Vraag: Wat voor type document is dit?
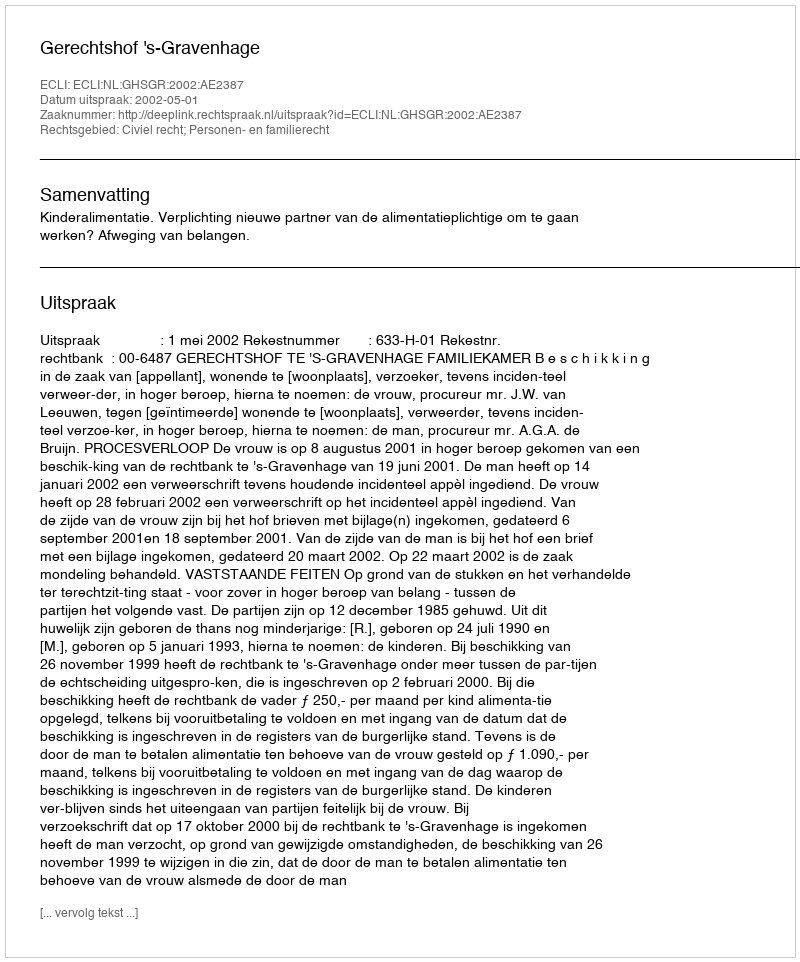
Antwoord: Uitspraak